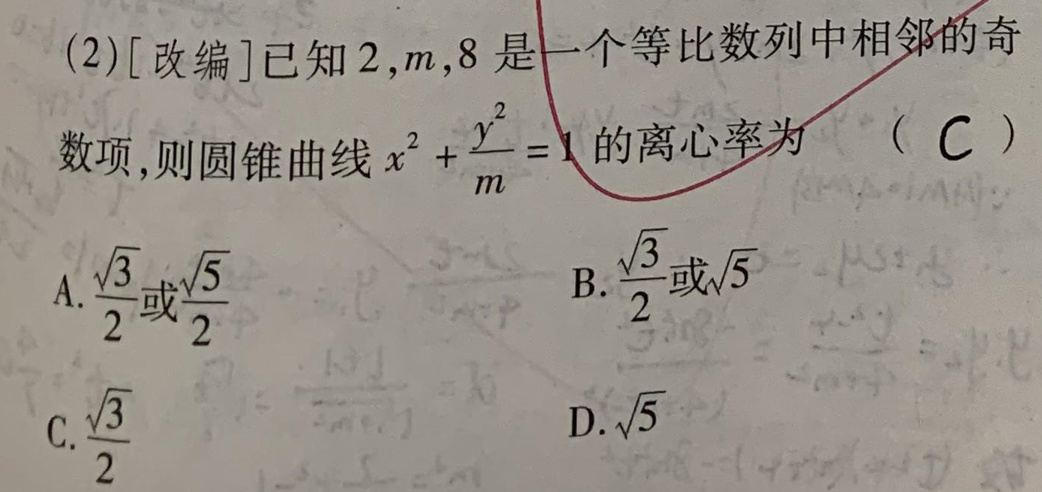
(2)[改编]已知\(2,m,8\)是一个等比数列中相邻的奇数项,则圆锥曲线\(x^{2}+\frac{y^{2}}{m}=1\)的离心率为（  ）
A. \(\frac{\sqrt{3}}{2}\)或\(\frac{\sqrt{5}}{2}\)
B. \(\frac{\sqrt{3}}{2}\)或\(\sqrt{5}\)
C. \(\frac{\sqrt{3}}{2}\)
D. \(\sqrt{5}\)